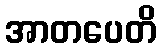
အာတပေတိ